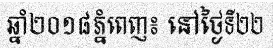
ឆ្នាំ២០១៨ភ្នំពេញ៖ នៅថ្ងៃទី២២